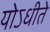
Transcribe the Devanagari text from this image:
योऽधीते